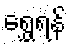
ရွှေ့ရန်